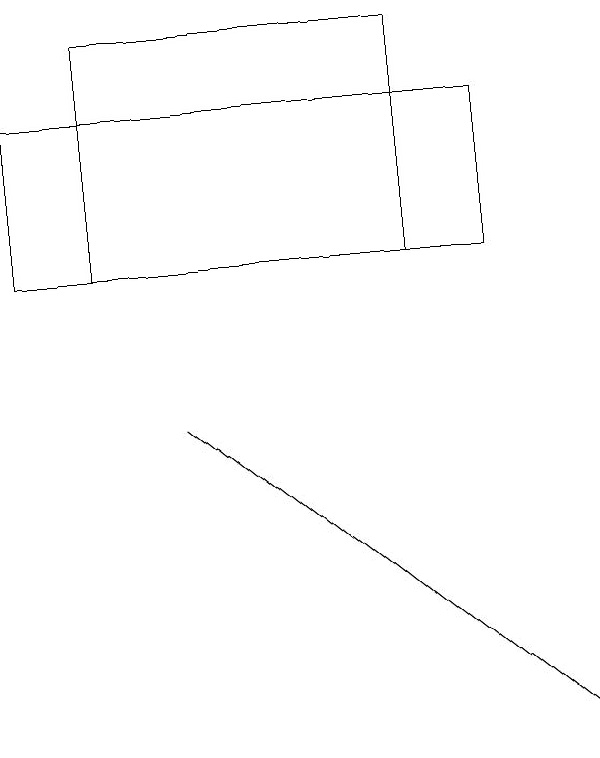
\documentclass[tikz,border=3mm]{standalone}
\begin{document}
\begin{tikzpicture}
\draw (6,19) rectangle (2,16);
\draw (7,18) rectangle (1,16);
\draw[->] (3,14) -- (8,10);
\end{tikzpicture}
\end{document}